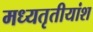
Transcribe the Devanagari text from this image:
मध्यतृतीयांश